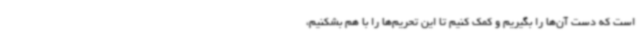
است که دست آن‌ها را بگیریم و کمک کنیم تا این تحریم‌ها را با هم بشکنیم،